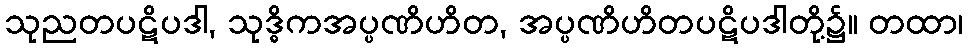
သုညတပဋိပဒါ, သုဒ္ဓိကအပ္ပဏိဟိတ, အပ္ပဏိဟိတပဋိပဒါတို့၌။ တထာ၊